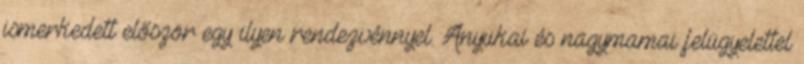
ismerkedett először egy ilyen rendezvénnyel. Anyukai és nagymamai felügyelettel